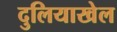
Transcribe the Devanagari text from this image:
दुलियाखेल